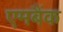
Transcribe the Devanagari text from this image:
एमबैंक